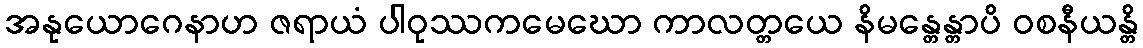
အနုယောဂေနာဟ ဇရာယံ ပါဝုဿကမေဃော ကာလတ္တယေ နိမန္တေန္တာပိ ဝစနီယန္တိ